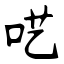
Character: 呓